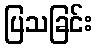
ပြသခြင်း